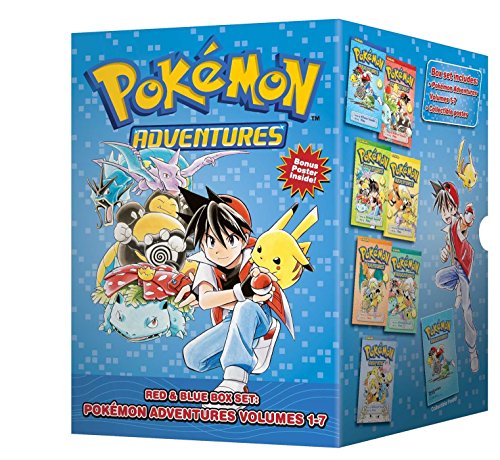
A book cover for Pokemon Adventures Red & Blue Box Set (set includes Vol. 1-7); Hidenori Kusaka; Comics & Graphic Novels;